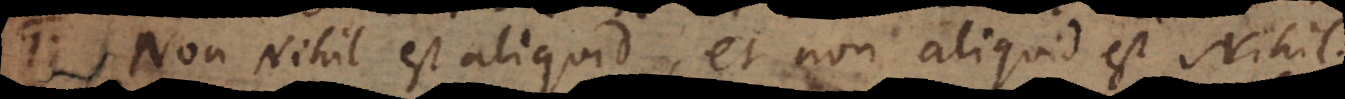
17) Non Nihil est aliquid, et non aliquid est Nihil.